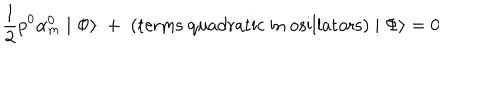
\frac { 1 } { 2 } p ^ { 0 } \alpha _ { m } ^ { 0 } \mid \Phi \rangle \; + \; \mathrm { ( t e r m s ~ q u a d r a t i c ~ i n ~ o s i l l a t o r s ) } \mid \Phi \rangle = 0